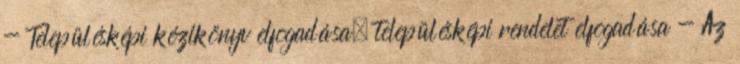
- Településképi kézikönyv elfogadása, településképi rendelet elfogadása - Az